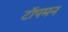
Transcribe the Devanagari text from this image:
टॉपमन